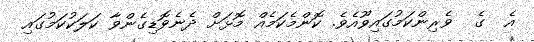
އެ  ގެ  ވެރިންކަމުގައިވޫއެވެ. ކޮންމެކަމެއް މޮޅަށް ދެނެވޮޑިގެންވާ ކަލަކުކަމުގައި